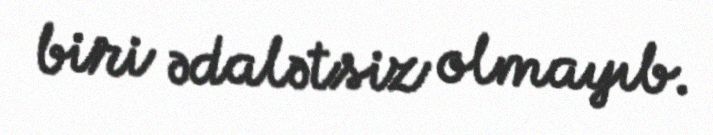
biri ədalətsiz olmayıb.